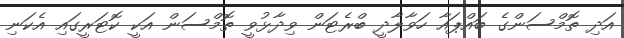
އަދި ތޮމްސަންގެ ބައްޕައާ ހަވާލާދީ ބްރެޓަން ވިދާޅުވީ ތޮމްސަން އަކީ ކޮޓަރީގައި އެކަނި